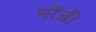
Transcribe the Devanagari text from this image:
मोंजी